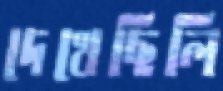
দেখেছিলি